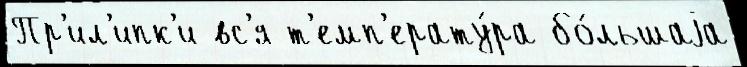
Пр'ил'ипк'и вс'я т'емп'ерату́ра бо́льшаjа